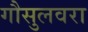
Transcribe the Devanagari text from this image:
गौसुलवरा